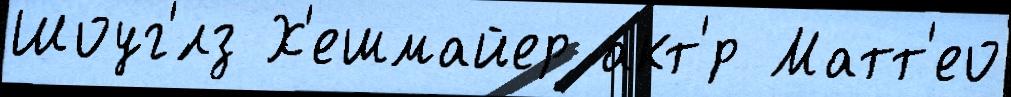
Шоуг'́лз Х'ешмайер акт'́р Матт'ео